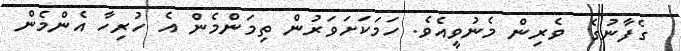
ގެފާނުގެ  ވެރިން މެނުވީއެވެ. ހަމަކަށަވަރުން ތިމަންމެން އެ ހުރިހާ އެންމެން